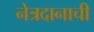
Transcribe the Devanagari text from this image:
नेत्रदानाची